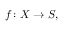
f \colon X \rightarrow S ,